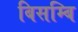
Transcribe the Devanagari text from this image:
बिसम्बि